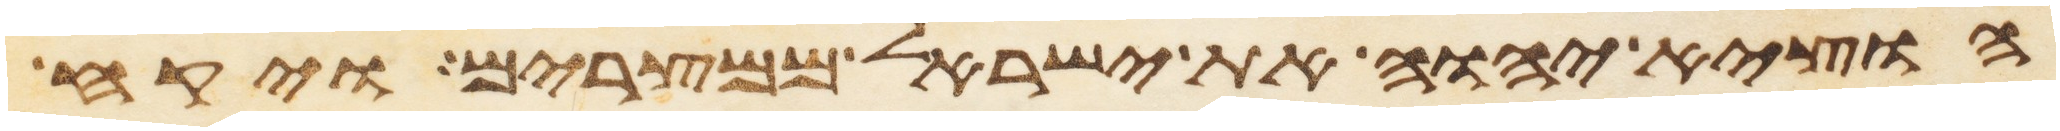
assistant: הוציא יהוה את ישראל ממצרים ויקח